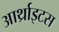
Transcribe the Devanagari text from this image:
आर्थ्राइटस